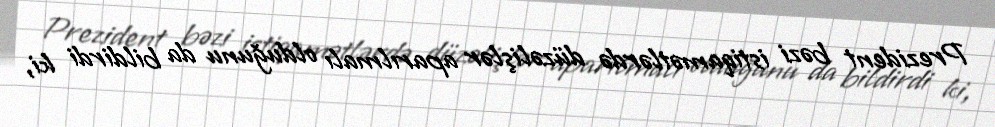
Prezident bəzi istiqamətlərdə düzəlişlər aparılmalı olduğunu da bildirdi ki,